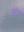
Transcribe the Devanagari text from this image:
सेरील